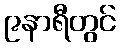
၉နာရီတွင်